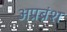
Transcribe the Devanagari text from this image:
अप्रब्रंश